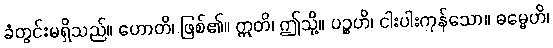
ခံတွင်းမရှိသည်။ ဟောတိ၊ ဖြစ်၏။ ဣတိ၊ ဤသို့။ ပဉ္စဟိ၊ ငါးပါးကုန်သော။ ဓမ္မေဟိ၊